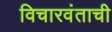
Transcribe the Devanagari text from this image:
विचारवंताची